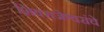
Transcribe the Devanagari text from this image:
शिवराजेश्वरांचे